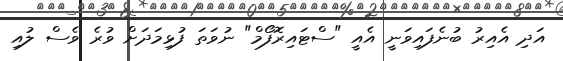
އަދި އެއިރު ބުނެފައިވަނީ އެއީ "ސްޓައިރޮފޯމް" ނުވަތަ ފުޅިމަދަށް ވުރެ ވެސް ލުއި